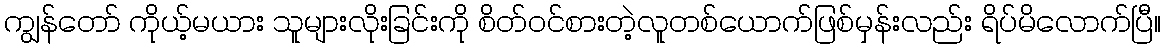
ကျွန်တော် ကိုယ့်မယား သူများလိုးခြင်းကို စိတ်ဝင်စားတဲ့လူတစ်ယောက်ဖြစ်မှန်းလည်း ရိပ်မိလောက်ပြီ။